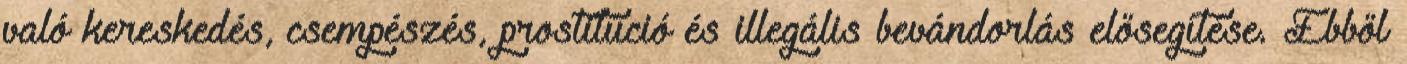
való kereskedés, csempészés, prostitúció és illegális bevándorlás elősegítése. Ebből